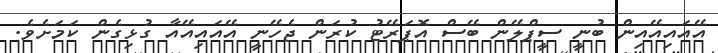
އޭއައިއޭއިން ބުނީ ސީޕްލޭން ބޭސް އޮޕަރޭޓު ކުރަން ޖެހޭނީ އޭއައިއޭއާ ގުޅިގެން ކަމަށެވެ.